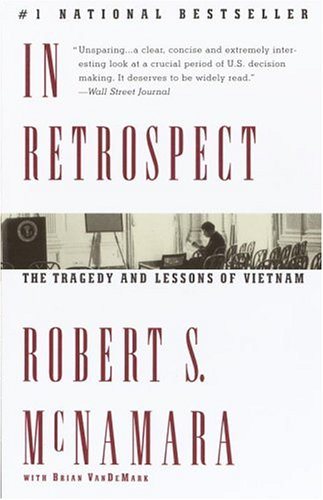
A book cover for In Retrospect: The Tragedy and Lessons of Vietnam; Robert S. McNamara; Biographies & Memoirs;